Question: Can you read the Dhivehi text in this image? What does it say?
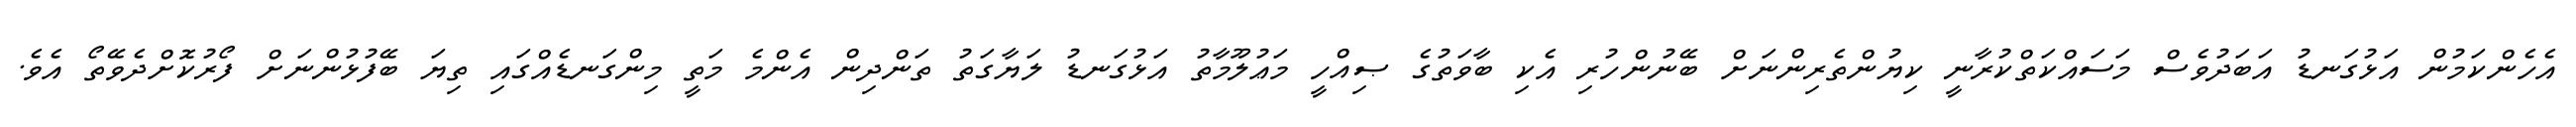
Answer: އެހެންކަމުން އަޅުގަނޑު އަބަދުވެސް މަސައްކަތްކުރާނީ ކިޔުންތެރިންނަށް ބޭނުންހުރި އެކި ބާވަތުގެ ޞިއްހީ މަޢުލޫމާތު އަޅުގަނޑު ލަޔާގަތު ތަންދިން އެންމެ މަތީ މިންގަނޑެއްގައި ތިޔަ ބޭފުޅުންނަށް ފޯރުކޮށްދެވޭތޯ އެވެ.